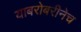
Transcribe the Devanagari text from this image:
याबरोबरीनेच